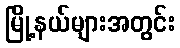
မြို့နယ်များအတွင်း